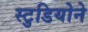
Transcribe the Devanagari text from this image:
स्टुडियोने